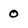
Character: 0